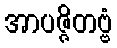
အာပဇ္ဇိတဗ္ဗံ